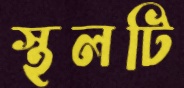
স্থলটি